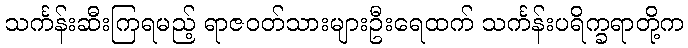
သင်္ကန်းဆီးကြရမည့် ရာဇဝတ်သားများဦးရေထက် သင်္ကန်းပရိက္ခရာတို့က